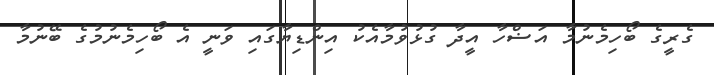
ގެރީގެ ބޯހިމެނުމާ އަޟްހާ އީދާ ގުޅުވުމާއެކު އިންޑިޔާގައި ވަނީ އެ ބޯހިމެނުމުގެ ބޭނުމާ